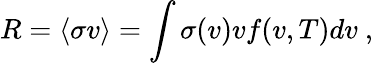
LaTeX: R=\langle\sigma v\rangle=\int\sigma(v)vf(v,T)dv\ ,